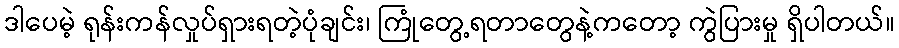
ဒါပေမဲ့ ရုန်းကန်လှုပ်ရှားရတဲ့ပုံချင်း၊ ကြုံတွေ့ရတာတွေနဲ့ကတော့ ကွဲပြားမှု ရှိပါတယ်။